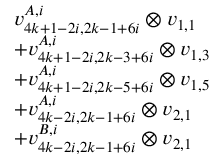
\begin{array} { r l } & { v _ { 4 k + 1 - 2 i , 2 k - 1 + 6 i } ^ { A , i } \otimes v _ { 1 , 1 } } \\ & { + v _ { 4 k + 1 - 2 i , 2 k - 3 + 6 i } ^ { A , i } \otimes v _ { 1 , 3 } } \\ & { + v _ { 4 k + 1 - 2 i , 2 k - 5 + 6 i } ^ { A , i } \otimes v _ { 1 , 5 } } \\ & { + v _ { 4 k - 2 i , 2 k - 1 + 6 i } ^ { A , i } \otimes v _ { 2 , 1 } } \\ & { + v _ { 4 k - 2 i , 2 k - 1 + 6 i } ^ { B , i } \otimes v _ { 2 , 1 } } \end{array}